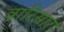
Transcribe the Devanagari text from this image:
वारिसार